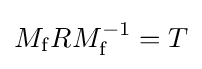
\textstyle M_{\mathrm {f} }RM_{\mathrm {f} }^{-1}=T